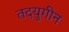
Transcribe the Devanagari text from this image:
तदयुगीन